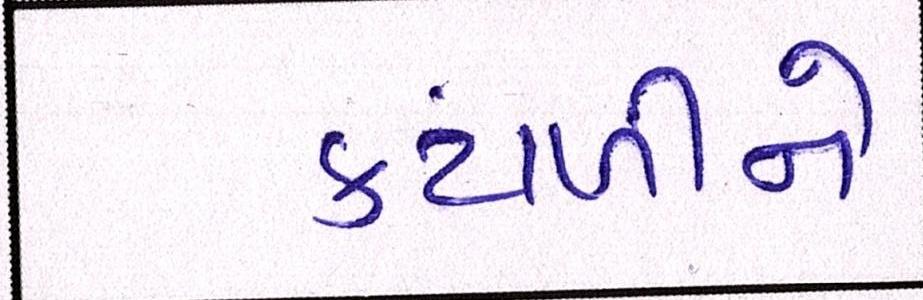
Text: કંટાળીને